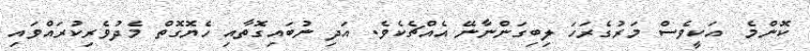
ކޮންމެ  އަކީވެސް މަރުގެރަހަ ލިބިގަންނާނޭ އެއްޗެކެވެ. އަދި ނުބައިގޮތާއި ހެޔޮގޮތް މެދުވެރިކުރައްވައި